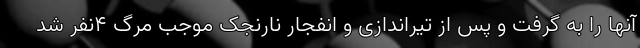
آنها را به گرفت و پس از تیراندازی و انفجار نارنجک موجب مرگ ۴نفر شد